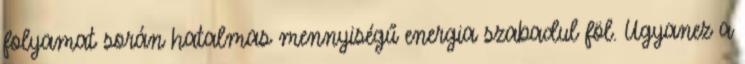
folyamat során hatalmas mennyiségű energia szabadul föl. Ugyanez a